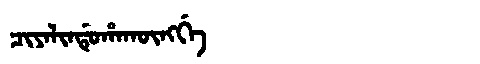
Manchu: ᠴᡳᠶᠠᠯᡳᠨᡩᡠᡥᠠᡴᡡᠩᡤᡝ
Romanization: CIYALINDUHAKŪNGGE